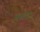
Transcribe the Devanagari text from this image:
अरमेरो